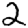
Digit: 2